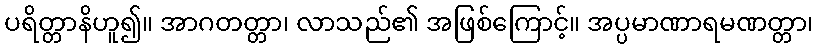
ပရိတ္တာနိဟူ၍။ အာဂတတ္တာ၊ လာသည်၏ အဖြစ်ကြောင့်။ အပ္ပမာဏာရမဏတ္တာ၊